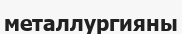
металлургияны